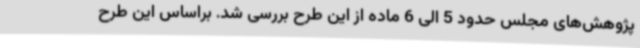
پژوهش‌های مجلس حدود 5 الی 6 ماده از این طرح بررسی شد. براساس این طرح